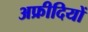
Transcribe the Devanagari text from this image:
अफ्रीदियों